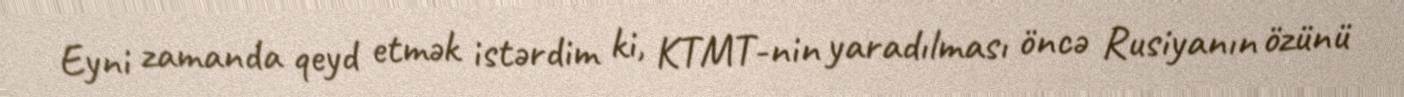
Eyni zamanda qeyd etmək istərdim ki, KTMT-nin yaradılması öncə Rusiyanın özünü